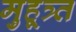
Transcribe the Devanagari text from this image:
मुहूत्र्त